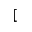
[